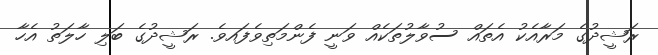
ރަޝީދުގެ މަރާއެކު އެތައް ސުވާލުތަކެއް ވަނީ ފެންމަތިވެފައވެެ. ރަޝީދުގެ ބަލި ހާލަތު އެހާ